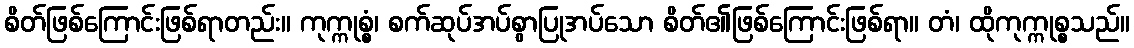
စိတ်ဖြစ်ကြောင်းဖြစ်ရာတည်း။ ကုက္ကုစ္စံ၊ စက်ဆုပ်အပ်စွာပြုအပ်သော စိတ်၏ဖြစ်ကြောင်းဖြစ်ရာ။ တံ၊ ထိုကုက္ကုစ္စသည်။